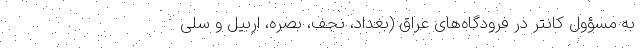
به مسؤول کانتر در فرودگاه‌های عراق (بغداد، نجف، بصره، اربیل و سلی